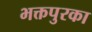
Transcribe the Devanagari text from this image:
भक्तपुरका